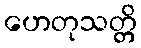
ဟေတုသတ္တိ